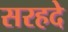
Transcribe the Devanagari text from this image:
सरहदे